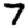
Digit: 7